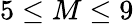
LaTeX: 5\leq M\leq 9